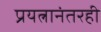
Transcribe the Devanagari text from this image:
प्रयत्नानंतरही